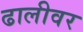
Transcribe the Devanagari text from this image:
ढालीवर